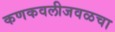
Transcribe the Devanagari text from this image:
कणकवलीजवळचा